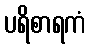
ပရိစာရကံ